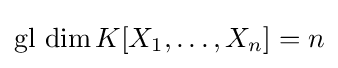
\operatorname {gl} \,\dim K[X_{1},\ldots ,X_{n}]=n